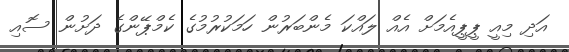
އަދި މިއީ ޕީޕީއެމަށް އެއް ލައްކަ މެންބަރުން ހަމަކުރުމުގެ ކެމްޕޭންގެ ދަށުން ސޮއި